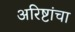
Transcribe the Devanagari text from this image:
अरिष्टांचा